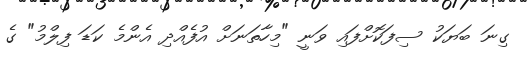
ގިނަ ބަޔަކު ސިފަކޮށްފައި ވަނީ "މިހާތަނަށް އުފެއްދި އެންމެ ކަޑަ ފިލްމު" ގެ